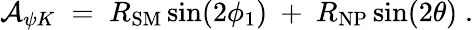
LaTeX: {\cal A}_{\psi K}\; =\; R_{\mathrm{SM}}\sin(2\phi_{1})~+~R_{\mathrm{NP}}\sin(2\theta)\; .